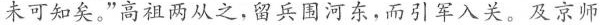
未可知矣。”高祖两从之，留兵围河东，而引军入关。及京师